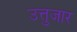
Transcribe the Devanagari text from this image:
उत्तुजार